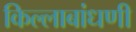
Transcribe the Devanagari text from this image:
किल्लाबांधणी